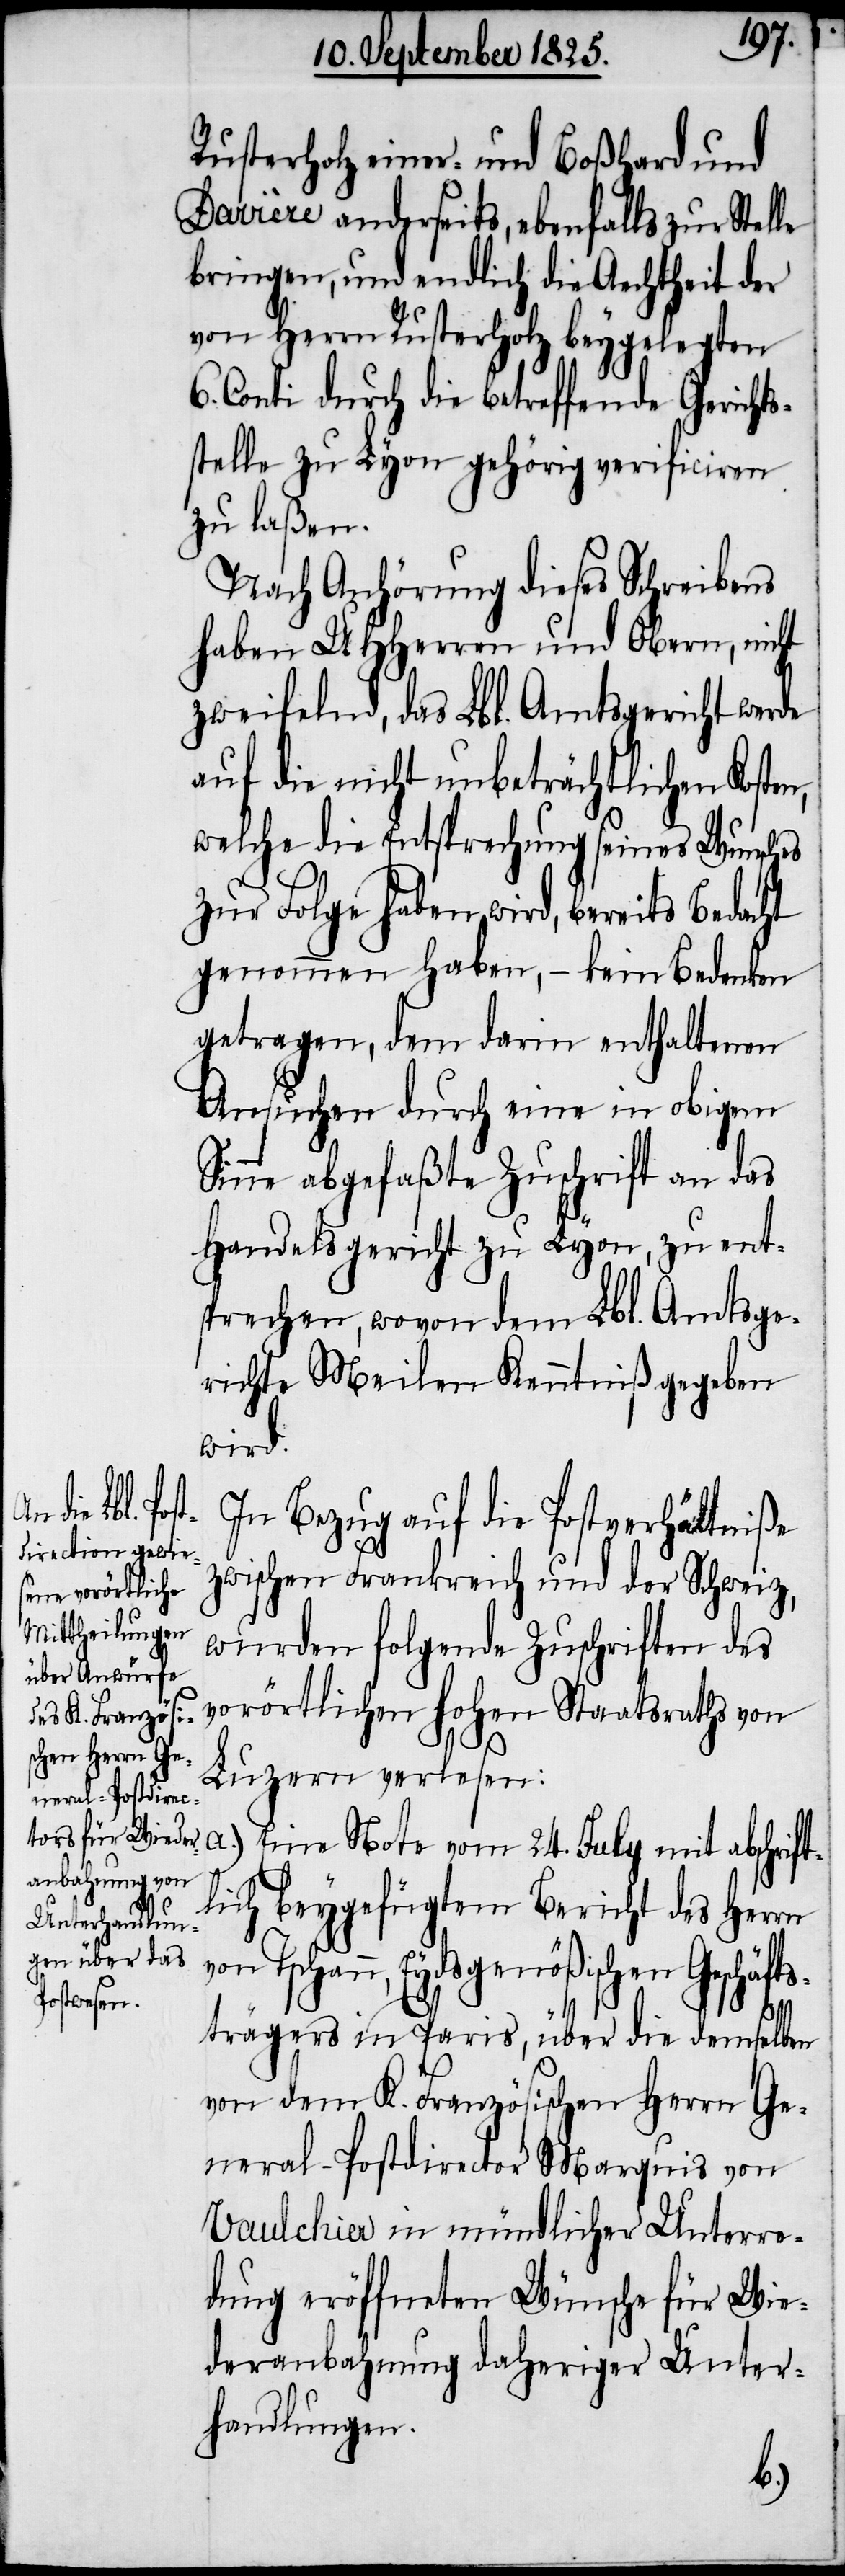
Rusterholz einer- und Boßhard und
Davière anderseits, ebenfalls zur Stelle
bringen, und endlich die Aechtheit der
von Herrn Rusterholz beygelegten
6. Conti durch die betreffende Gericht¬
stelle zu Lyon gehörig verficiren
zu laßen.
Nach Anhörung dieses Schreibens
haben UHHerren und Obern, nicht
zweifelnd, das Lbl. Amtsgericht werde
auf die nicht unbeträchtlichen Koste¬
welche die Entsprechung seines Wunsches
zur Folge haben wird, bereits bedacht
genommen haben, – kein Bedenken
getragen, dem darin enthaltenen
Ansuchen durch eine in obigem
Sinne abgefaßte Zuschrift an das
Handelsgericht zu Lyon, zu ent¬
sprechen, wovon dem Lbl. Amtsge¬
richte Meilen Kenntniß gegeben
wird.
In Bezug auf die Postverhältniße
zwischen Frankreich und der Schweiz,
wurden folgende Zuschriften des
vorörtlichen hohen Staatsraths von
Luzern verlesen:
a.) Eine Note vom 24. July mit abschrift¬
lich beygefügtem Bericht des Herrn
von Tschann, Eydsgenößischen Geschäfts¬
n,
trägers in Paris, über die demselben
von dem K. Französischen Herrn Ge¬
neral-Postdirector Marquis von
Vaulchier in mündlicher Unterre¬
dung eröffneten Wünsche für Wie¬
deranbahnung daheriger Unter¬
handlungen.